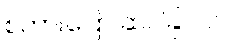
စကားပြော ဆင်ခြင် ပါ။